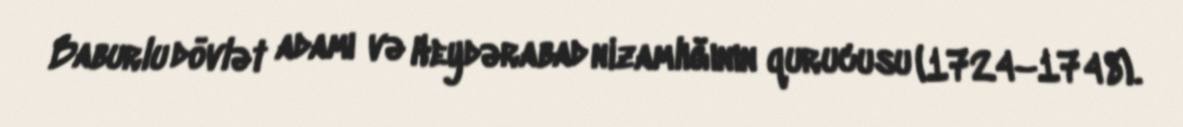
Baburlu dövlət adamı və Heydərabad nizamlığının qurucusu (1724–1748).